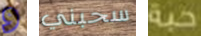
و سحبني حبة